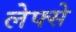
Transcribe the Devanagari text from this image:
लेफ्से